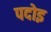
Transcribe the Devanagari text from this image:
पदोइ